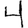
Digit: 4